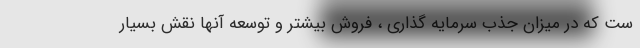
ست که در میزان جذب سرمایه گذاری ، فروش بیشتر و توسعه آنها نقش بسیار